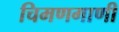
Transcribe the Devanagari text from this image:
चिमणगाणी